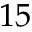
1 5